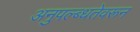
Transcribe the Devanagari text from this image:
अनुपल्ब्धतेवरून